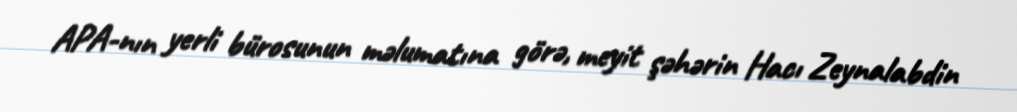
APA-nın yerli bürosunun məlumatına görə, meyit şəhərin Hacı Zeynalabdin